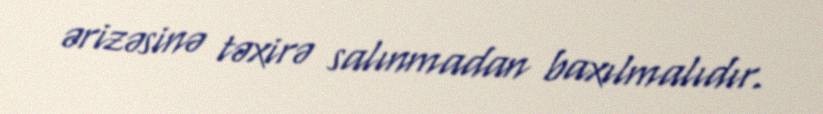
ərizəsinə təxirə salınmadan baxılmalıdır.